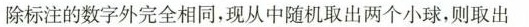
除标注的数字外完全相同，现从中随机取出两个小球，则取出